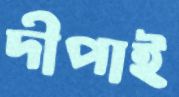
দীপাই